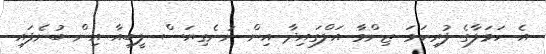
އެ ހަމަލާގެ ފުރިހަމަ ޒިންމާ އަލްގައިދާ އިން ނުނެގިޔަސް ލީބިއާ އިން ބުނެފައި